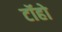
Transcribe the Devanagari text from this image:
टॉहो